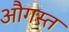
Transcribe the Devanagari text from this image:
औगस्त